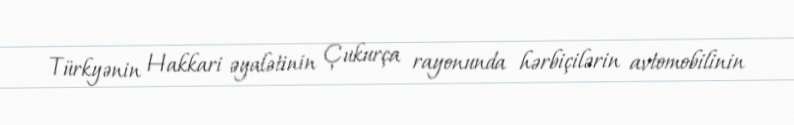
Türkyənin Hakkari əyalətinin Çukurça rayonunda hərbiçilərin avtomobilinin